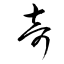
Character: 奇